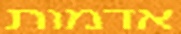
אדמות